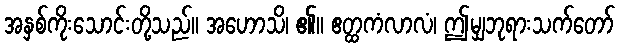
အနှစ်ကိုးသောင်းတို့သည်။ အဟောသိ၊ ၏။ ဧတ္ထကံလာလံ၊ ဤမျှဘုရားသက်တော်